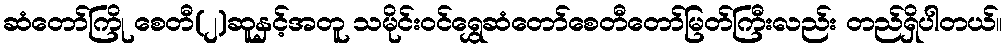
ဆံတော်ကြို စေတီ(၂)ဆူနှင့်အတူ သမိုင်းဝင်ရွှေဆံတော်စေတီတော်မြတ်ကြီးလည်း တည်ရှိပါတယ်။